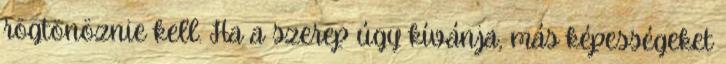
rögtönöznie kell. Ha a szerep úgy kívánja, más képességeket